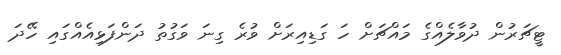
ޓީޗަރުން ދުވާލެއްގެ މައްޗަށް ހަ ގަޑިއިރަށް ވުރެ ގިނަ ވަގުތު ދަންފަޅިއެއްގައި ހޭދަ